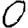
Digit: 0